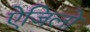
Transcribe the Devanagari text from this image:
ऐजिलो